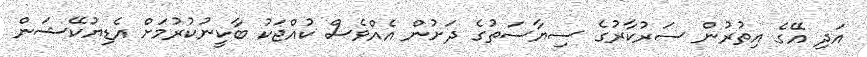
އަދި އޭގެ އިތުރުން ސަރުކާރުގެ ސިޔާސަތުގެ ދަށުން އެއްވެސް ކުއްޖަކު ބާކީނުކުރުމަށް އެޑިޔުކޭޝަން